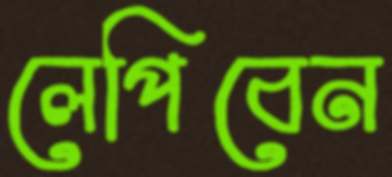
লেপিবেন